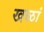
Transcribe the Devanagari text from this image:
खळां